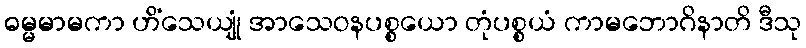
ဓမ္မမာမကာ ဟိံသေယျုံ အာသေဝနပစ္စယော တုံပစ္စယံ ကာမဘောဂိနာတိ ဒီသု